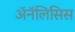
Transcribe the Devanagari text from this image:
ॲनॅलिसिस